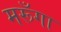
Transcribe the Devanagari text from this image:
मरूँगा